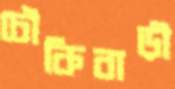
চৌকিবাড়ী